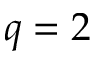
q = 2